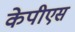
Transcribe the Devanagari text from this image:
केपीएस